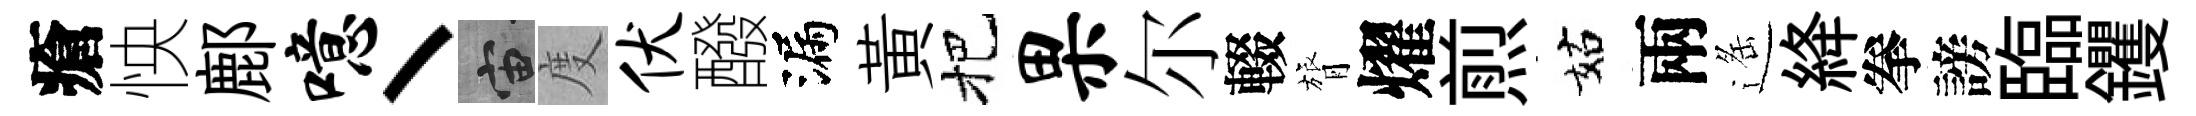
瘡怏鄜噫丶宙度伏醱漏黃把果尔輟膂燿煎姑兩遥絳拳謗臨钁